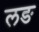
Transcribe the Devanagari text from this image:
लङ